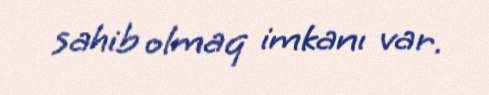
sahib olmaq imkanı var.